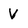
Character: V